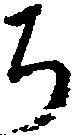
ち